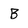
Character: B